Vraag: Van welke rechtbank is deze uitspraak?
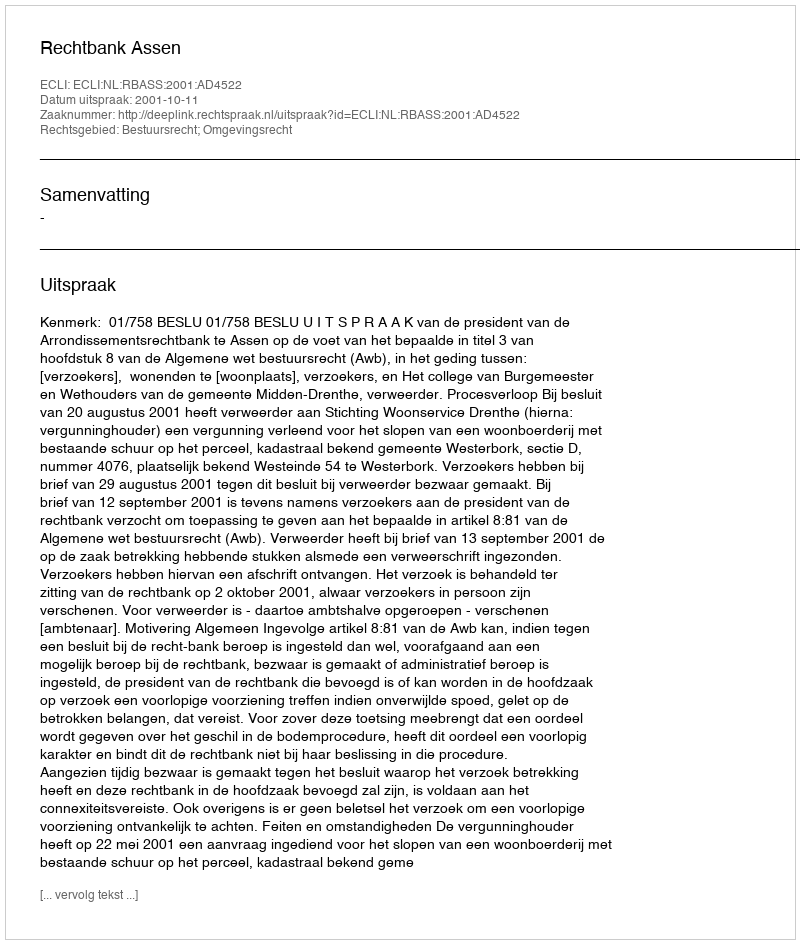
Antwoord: Rechtbank Assen